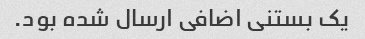
یک بستنی اضافی ارسال شده بود.